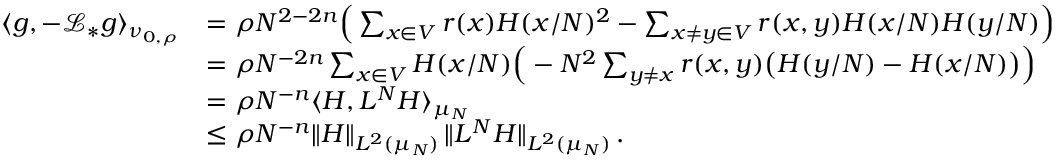
\begin{array} { r l } { \langle g , - \mathcal L _ { * } g \rangle _ { \nu _ { 0 , \rho } } } & { = \rho N ^ { 2 - 2 n } \Big ( \sum _ { x \in V } r ( x ) H ( x / N ) ^ { 2 } - \sum _ { x \ne y \in V } r ( x , y ) H ( x / N ) H ( y / N ) \Big ) } \\ & { = \rho N ^ { - 2 n } \sum _ { x \in V } H ( x / N ) \Big ( - N ^ { 2 } \sum _ { y \ne x } r ( x , y ) \big ( H ( y / N ) - H ( x / N ) \big ) \Big ) } \\ & { = \rho N ^ { - n } \langle H , L ^ { N } H \rangle _ { \mu _ { N } } } \\ & { \leq \rho N ^ { - n } \| H \| _ { L ^ { 2 } ( \mu _ { N } ) } \, \| L ^ { N } H \| _ { L ^ { 2 } ( \mu _ { N } ) } \, . } \end{array}